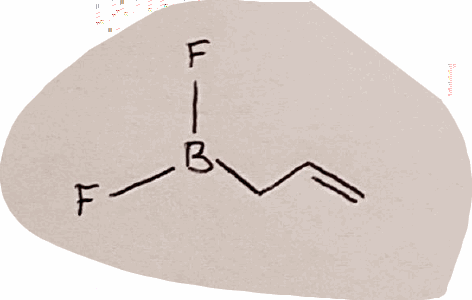
Simplified molecular-input line-entry system (SMILES) notation of the given molecule:
B(CC=C)(F)F